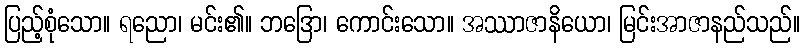
ပြည့်စုံသော။ ရညော၊ မင်း၏။ ဘဒြော၊ ကောင်းသော။ အဿာဇာနိယော၊ မြင်းအာဇာနည်သည်။